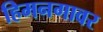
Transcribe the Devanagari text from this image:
हिमनगावर